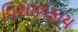
વિશાળકાય